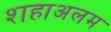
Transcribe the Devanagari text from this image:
शहाअलम